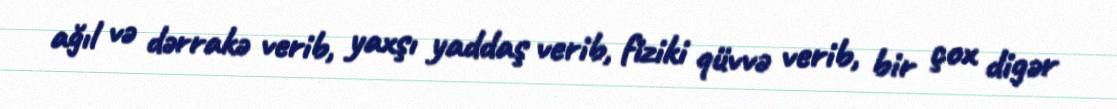
ağıl və dərrakə verib, yaxşı yaddaş verib, fiziki qüvvə verib, bir çox digər